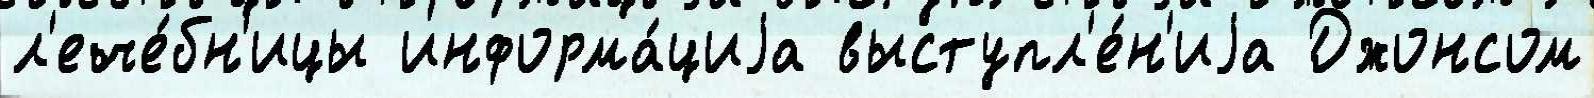
л'ече́бн'ицы информа́циjа выступл'е́н'иjа Джонсом